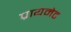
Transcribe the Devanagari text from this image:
प्रायमेट